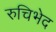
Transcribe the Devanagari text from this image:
रुचिभेद